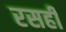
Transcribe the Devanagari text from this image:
रसही